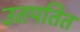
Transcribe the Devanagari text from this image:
उतपतित